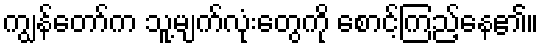
ကျွန်တော်က သူ့မျက်လုံးတွေကို စောင့်ကြည့်နေ၏။